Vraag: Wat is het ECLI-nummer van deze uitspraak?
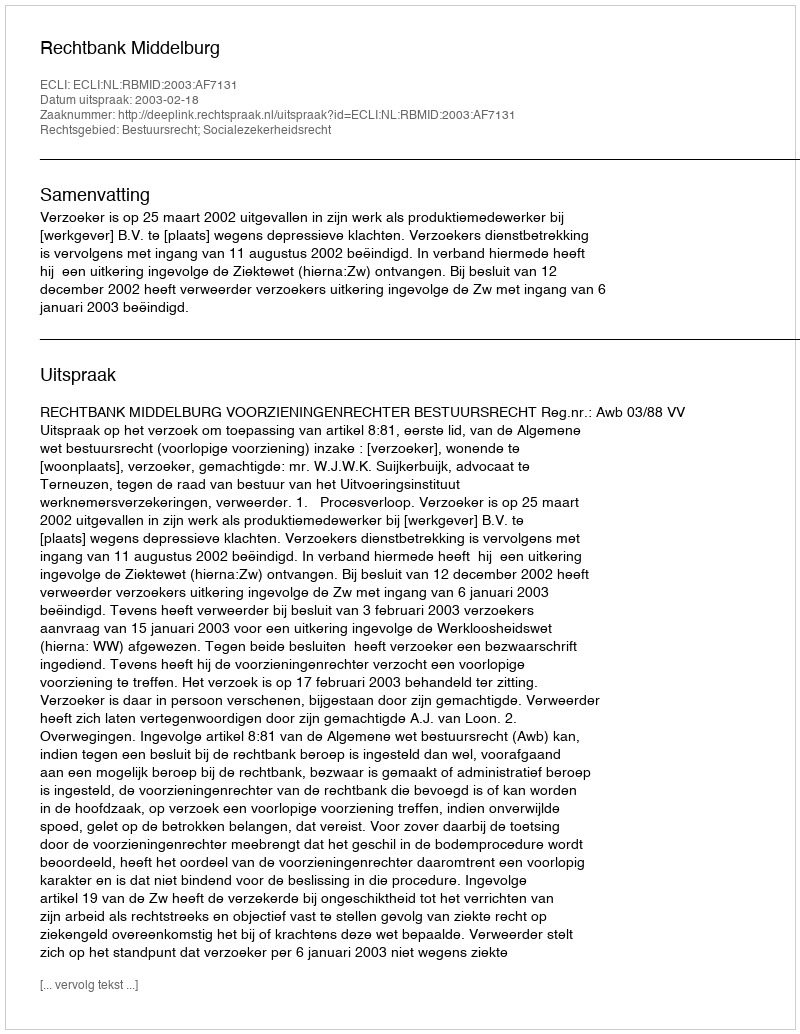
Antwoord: ECLI:NL:RBMID:2003:AF7131